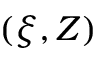
( \xi , Z )